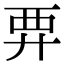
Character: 𧟥